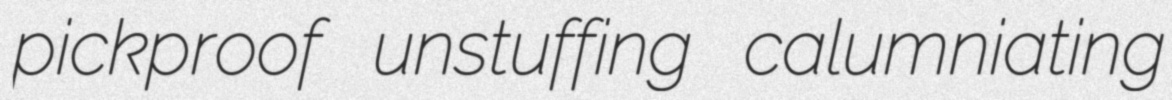
pickproof unstuffing calumniating